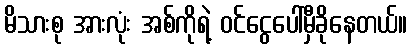
မိသားစု အားလုံး အစ်ကိုရဲ့ ဝင်ငွေပေါ်မှီခိုနေတယ်။